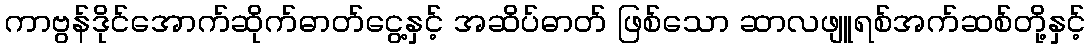
ကာဗွန်ဒိုင်အောက်ဆိုက်ဓာတ်ငွေ့နှင့် အဆိပ်ဓာတ် ဖြစ်သော ဆာလဖျူရစ်အက်ဆစ်တို့နှင့်